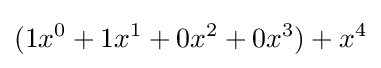
(1x^{0}+1x^{1}+0x^{2}+0x^{3})+x^{4}